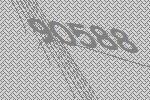
90588